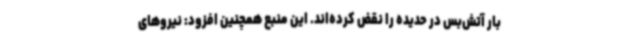
بار آتش‌بس در حدیده را نقض کرده‌اند. این منبع همچنین افزود: نیروهای